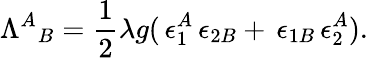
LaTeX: {\Lambda^{A}}_{B}=\frac{1}{2}\lambda g(\, \epsilon_{1}^{A}\, \epsilon_{2B}+\, \epsilon_{1B}\, \epsilon_{2}^{A}).